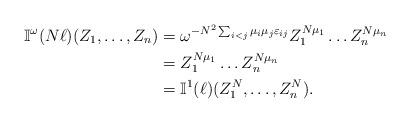
LaTeX: \begin{align*}\mathbb{I}^\omega(N\ell)(Z_1,\dots,Z_n) &= \omega^{-N^2\sum_{i<j}\mu_i\mu_j\varepsilon_{ij}} Z_1^{N\mu_1}\dots Z_n^{N\mu_n} \\&= Z_1^{N\mu_1}\dots Z_n^{N\mu_n} \\&= \mathbb{I}^1(\ell)(Z_1^N,\dots,Z_n^N).\end{align*}